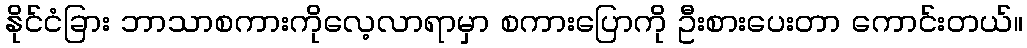
နိုင်ငံခြား ဘာသာစကားကိုလေ့လာရာမှာ စကားပြောကို ဦးစားပေးတာ ကောင်းတယ်။